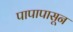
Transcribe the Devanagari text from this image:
पापापासून